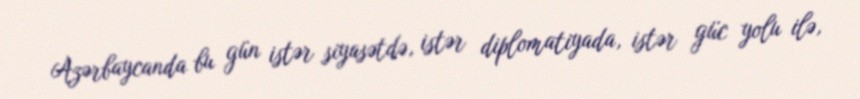
Azərbaycanda bu gün istər siyasətdə, istər diplomatiyada, istər güc yolu ilə,